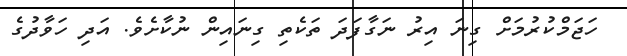
ހަޖަމްކުރުމަށް ގިނަ އިރު ނަގާފަދަ ތަކެތި ގިނައިން ނުކާށެވެ. އަދި ހަވާދުގެ